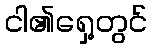
ငါ၏ရှေ့တွင်